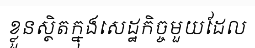
ខ្លួនស្ថិតក្នុងសេដ្ឋកិច្ចមួយដែល